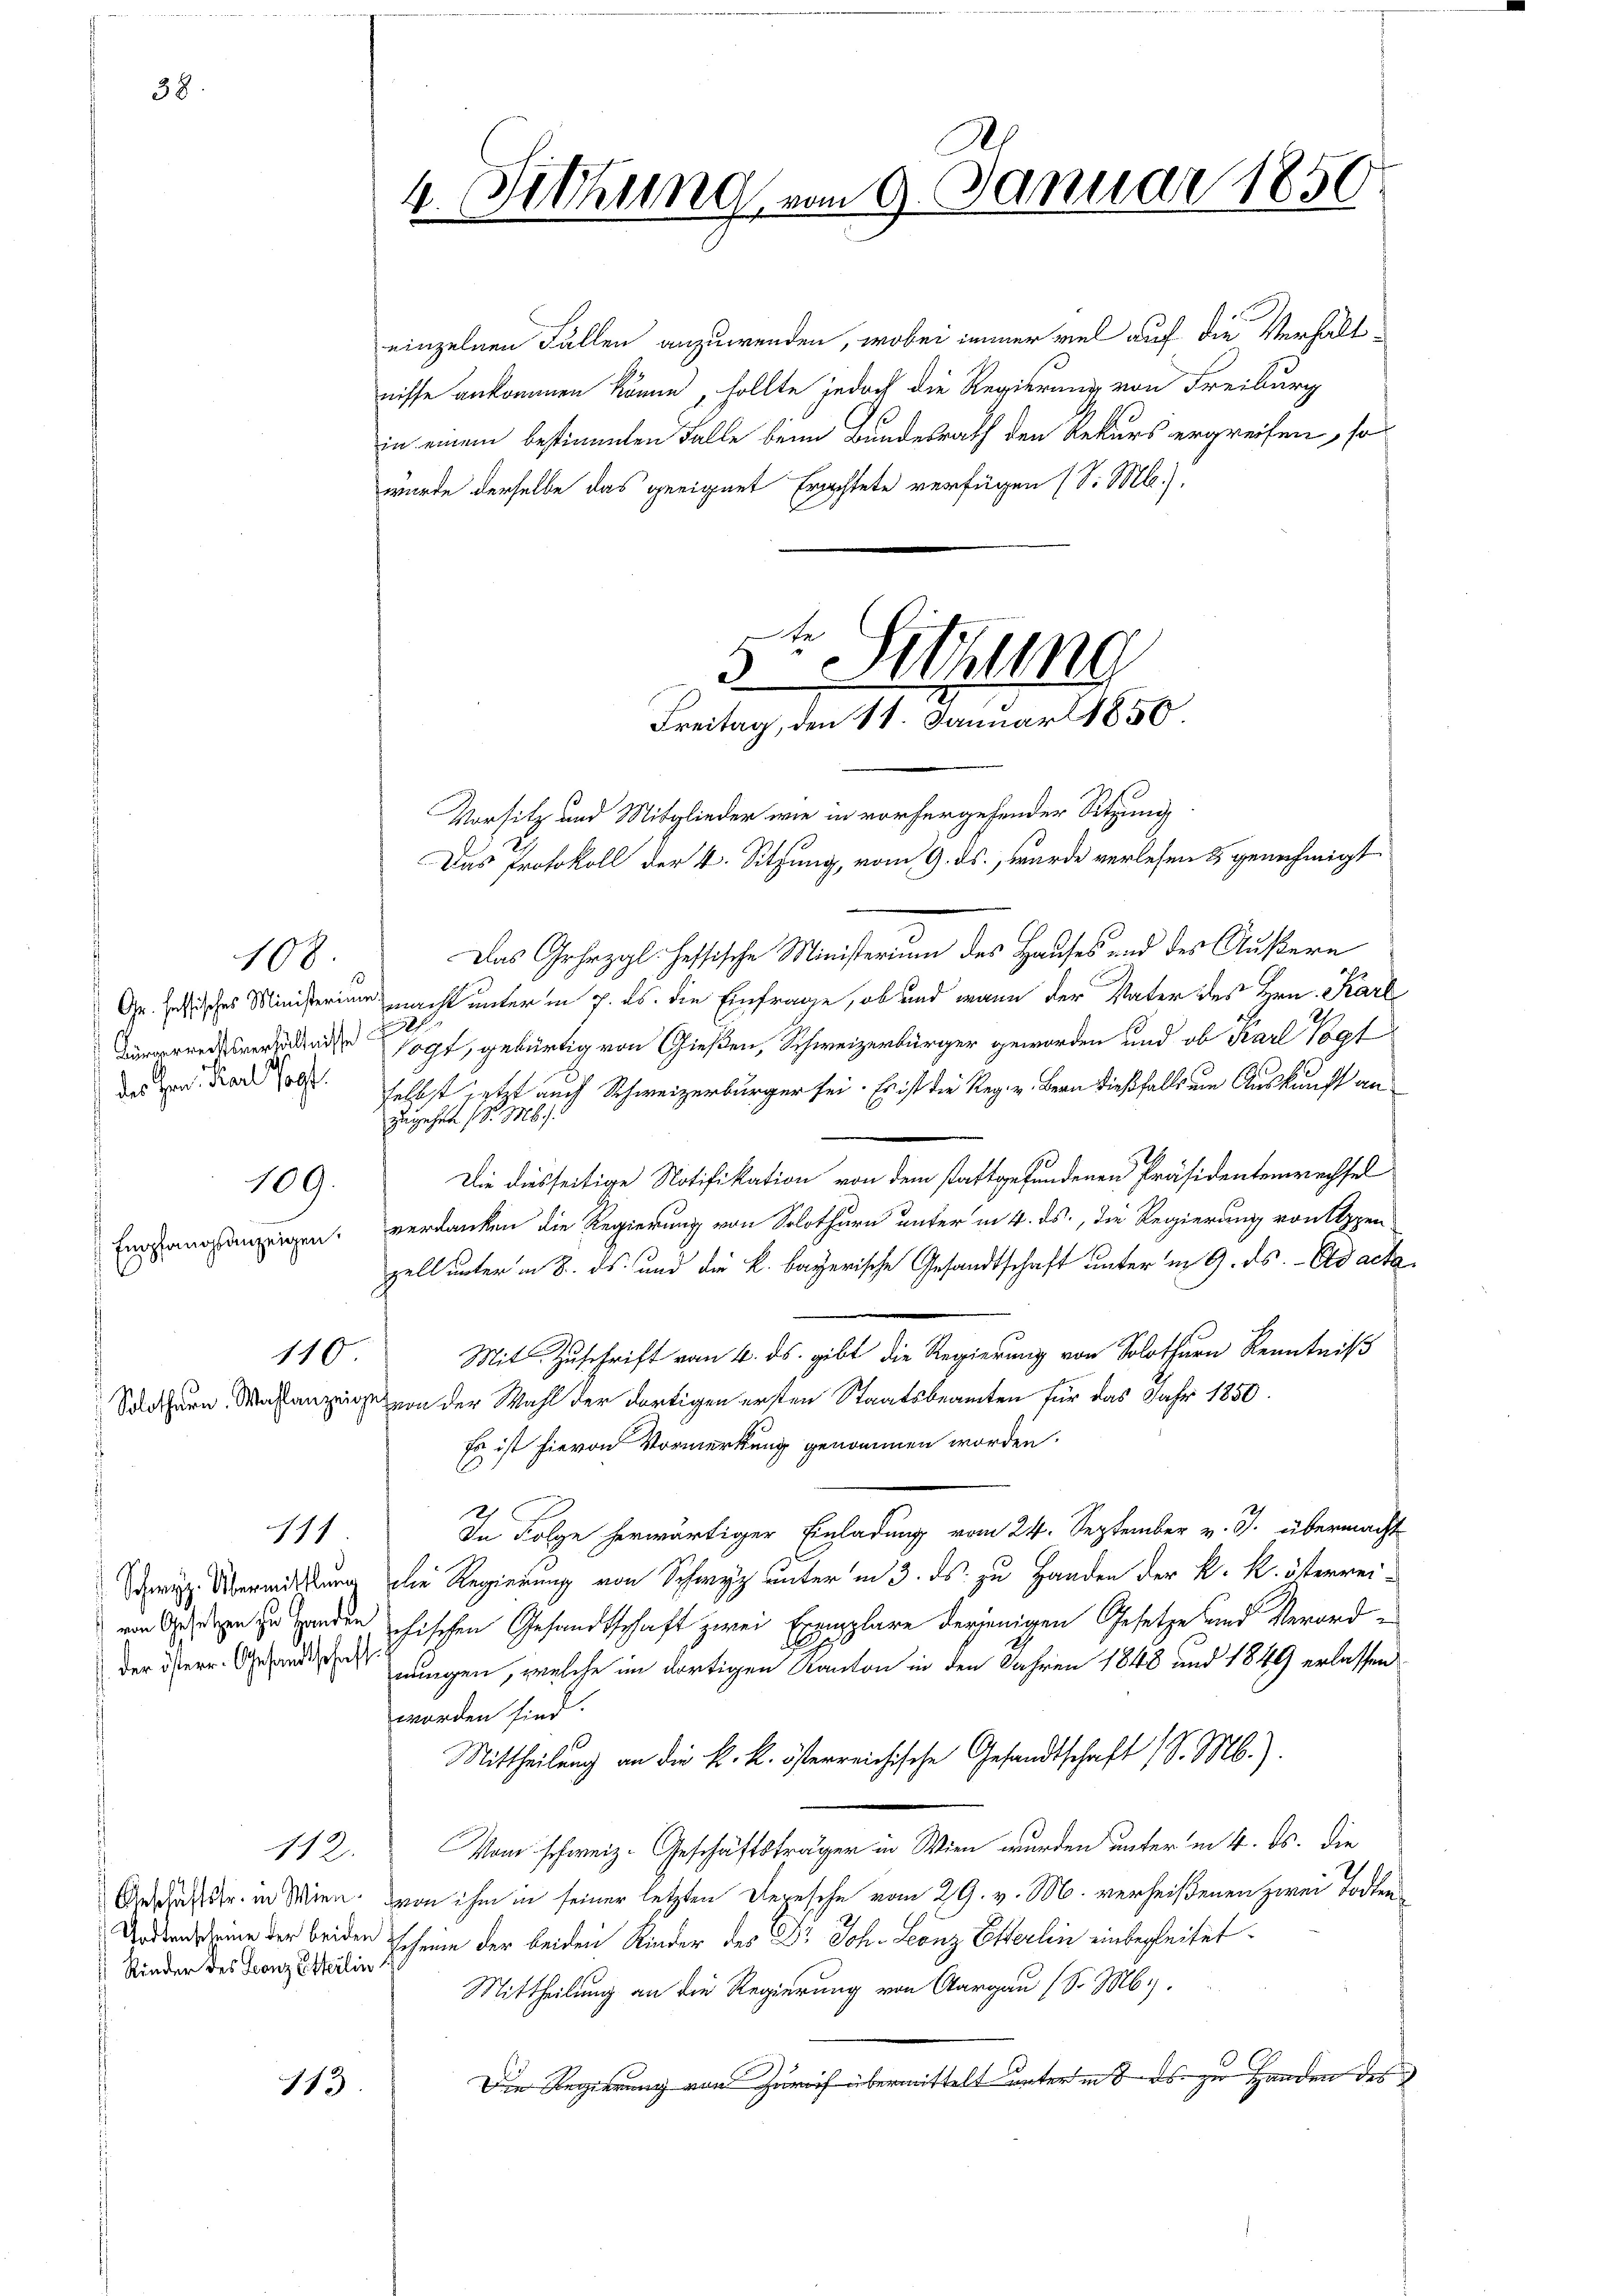
38.

des Herr Karl sagt.

Empfangsanzeigen.

108

109.

110

111

Rinder des Leonz Etterlin

11

d
4. Sitzung vom 9. Januar 1856

einzelnen Fällen anzuwenden, wobei immer viel auf die Verhältnisse ankommen könne, sollte jedoch die Regierung von Freiburg
in einem bestimmten Falle beim Bundesrath den Rekurs ergreifen, so
wurde derselbe das geeignet Erachtete verfügen (S. M.)
Vorsitz und Mitglieder wie in vorhergehender Sitzung
Das Gehezgl. Hessische Ministerium des Hauses und des Äußern
Gr. Indisches Ministerium nacht unter in 7. ds. die Einfrage, ob und wann der Vater des Hrn. Karl
egt, gebürtig von Gießen, Schweizerbürger geworden und ob Karl Vogt
selbst jetzt auch Schweizerbürger sei. Es ist die Reg. v. Bern dießfalls ein Auskunft an
zugehen d. Ms.
.
Die diesseitige Notifikation von dem stattgefundenen Präsidentenwechsel
verdanken die Regierung von Solothurn unter in 4. ds., die Regierung von Appen
zell unter in 8. ds. und die k. bayerische Gesandtschaft unter in 9. ds. - Ad acta
Mit Zuschrift vom 4. ds. gibt die Regierung von Solothurn Kenntniß
Solothurn Massanzeige von der Wahl der dortigen ersten Staatsbeamten für das Jahr 1850.
Es ist hievon Vormerkung genommen worden.
In Folge herwärtiger Einladung vom 24. September v. J. übermacht
 Über die Regierung von Schwyz unter in 3. ds. zu Handen der k. k. österreivon Schaden zu Handen chischen Gesandtschaft zwei Beemplare derjenigen Gesetze und Verord¬
1
der Herr. Grand ungen, welche im dortigen Kanton in den Jahren 1848 und 1849 erlassen
worden sind.
MMittheilung an die k. k. österreichische Gesandtschaft (S. M.).
112. Vom schweiz. Geschäftsträger in Wien wurden unter in 4. ds. die
Anspruchstr. in Wien, von ihm in seiner letzten Depesche vom 29. v. M. verheißenen zwei Todten¬
Wodten eine der beiden Scheine der beiden Kinder des Dr Joh. Leonz Esterlin einbegleitet
Mittheilung an die Regierung von Aargau (S. M.
Die Regierung von Zürich übermittelt unter in es zu Handen des

e
3

Sitzung
Freitag, den 11. Januar 1850
Das Protokoll der k. Sitzung, vom 9. ds., wurde verlesen & genehmigt